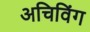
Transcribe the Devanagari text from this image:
अचिविंग